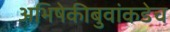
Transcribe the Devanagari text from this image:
अभिषेकीबुवांकडेच